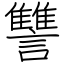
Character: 讐